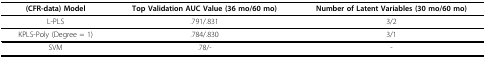
<table><thead><tr><td><b>(CFR-data) Model</b></td><td><b>Top Validation AUC Value (36 mo/60 mo)</b></td><td><b>Number of Latent Variables (30 mo/60 mo)</b></td></tr></thead><tbody><tr><td>L-PLS</td><td>.791/.831</td><td>3/2</td></tr><tr><td>KPLS-Poly (Degree = 1)</td><td>.784/.830</td><td>3/1</td></tr><tr><td>SVM</td><td>.78/-</td><td>-</td></tr></tbody></table>